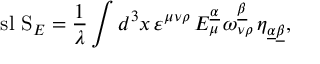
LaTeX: \mathrm { \ s l ~ S } _ { E } = { \frac { 1 } { \lambda } } \int d ^ { 3 } x \, \varepsilon ^ { \mu \nu \rho } \, E _ { \mu } ^ { \underline { { { \alpha } } } } \, \omega _ { \nu \rho } ^ { \underline { { { \beta } } } } \, \eta _ { \underline { { { \alpha } } } \underline { { { \beta } } } } ,